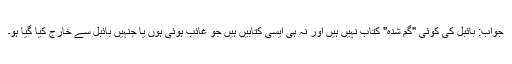
جواب: بائبل کی کوئی "گم شُدہ" کتاب نہیں ہیں اور نہ ہی ایسی کتابیں ہیں جو غائب ہوئی ہوں یا جنہیں بائبل سے خارج کیا گیا ہو۔